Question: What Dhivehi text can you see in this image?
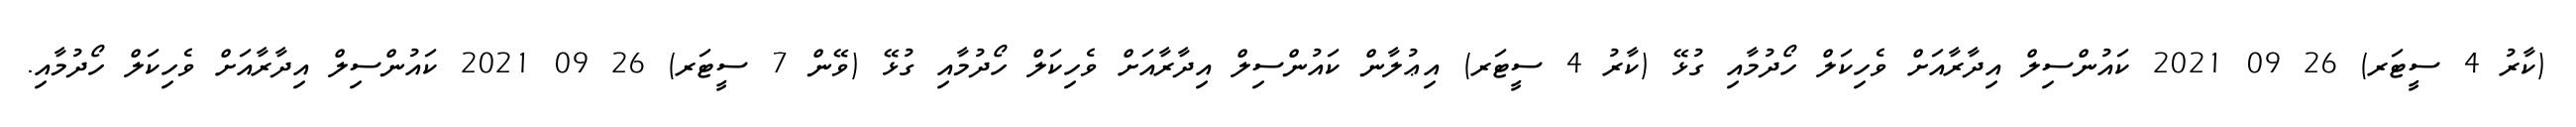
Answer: (ކާރު 4 ސީޓަރ) 26 09 2021 ކައުންސިލް އިދާރާއަށް ވެހިކަލް ހޯދުމާއި ގުޅޭ (ކާރު 4 ސީޓަރ) އިޢުލާން ކައުންސިލް އިދާރާއަށް ވެހިކަލް ހޯދުމާއި ގުޅޭ (ވޭން 7 ސީޓަރ) 26 09 2021 ކައުންސިލް އިދާރާއަށް ވެހިކަލް ހޯދުމާއި.